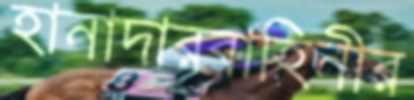
হানাদারবাহিনীর